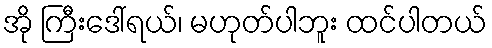
အို ကြီးဒေါ်ရယ်၊ မဟုတ်ပါဘူး ထင်ပါတယ်